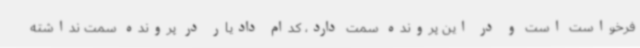
فرخواست است و در این پرونده سمت دارد، کدام دادیار در پرونده سمت نداشته